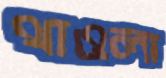
থাওলা